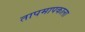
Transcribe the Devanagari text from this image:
तापमापकाला